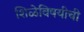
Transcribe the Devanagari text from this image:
शिळेविषयीची